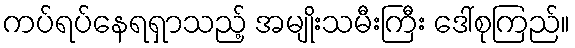
ကပ်ရပ်နေရရှာသည့် အမျိုးသမီးကြီး ဒေါ်စုကြည်။